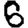
Digit: 6